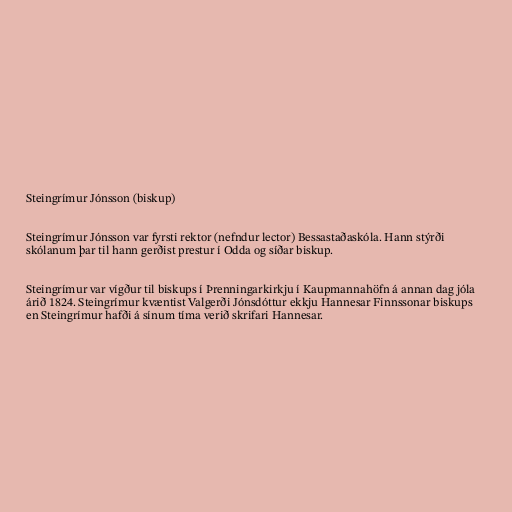
Steingrímur Jónsson (biskup)

Steingrímur Jónsson var fyrsti rektor (nefndur lector) Bessastaðaskóla. Hann stýrði
skólanum þar til hann gerðist prestur í Odda og síðar biskup.

Steingrímur var vígður til biskups í Þrenningarkirkju í Kaupmannahöfn á annan dag jóla
árið 1824. Steingrímur kvæntist Valgerði Jónsdóttur ekkju Hannesar Finnssonar biskups
en Steingrímur hafði á sínum tíma verið skrifari Hannesar.